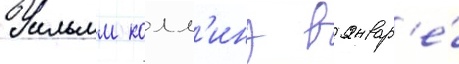
Уильям колл'инз в январ'е́